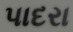
પાદરા